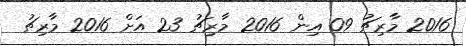
2016 މާރިޗު 09 އިން 2016 މާރިޗު 23 އަށް 2016 މާރިޗު